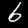
Digit: 6